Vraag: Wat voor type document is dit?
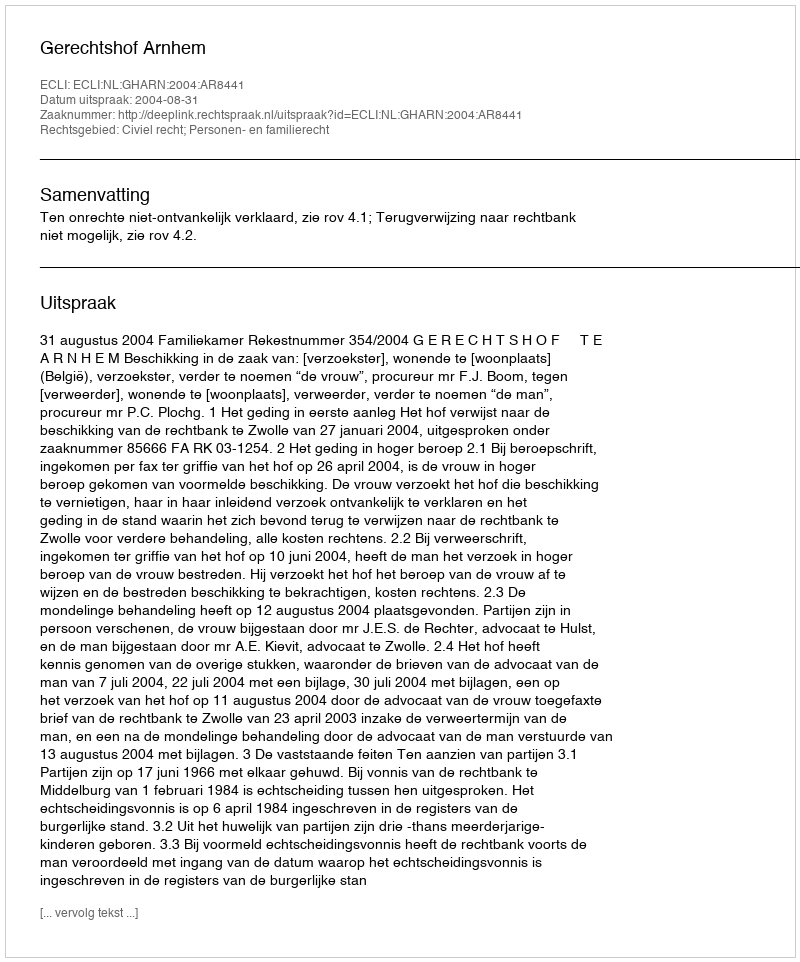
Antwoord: Uitspraak